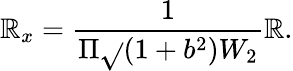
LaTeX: \mathbb{R}_{x}=\frac{{1}}{{\Pi\sqrt{}{{(1+b^{2})W_{2}}}}}\mathbb{R}.